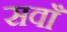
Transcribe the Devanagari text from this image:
सवाँ